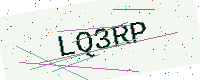
Text: LQ3RP